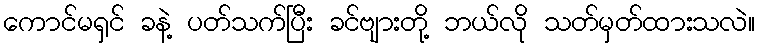
ကောင်မရှင် ခနဲ့ ပတ်သက်ပြီး ခင်ဗျားတို့ ဘယ်လို သတ်မှတ်ထားသလဲ။